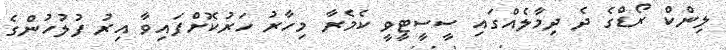
ލިންކް ރޯޑްގެ ދެ ދިމާލެއްގައި ސީސީޓީވީ ކެމެރާ މިހާރު ހަރުކޮށްފައިވާ އިރު ފުލުހުންގެ